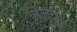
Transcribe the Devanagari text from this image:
निजपद